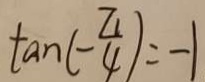
\tan ( - \frac { \pi } { 4 } ) = - 1